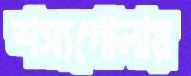
শস্যগোলায়